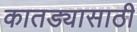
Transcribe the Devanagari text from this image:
कातड्यासाठी